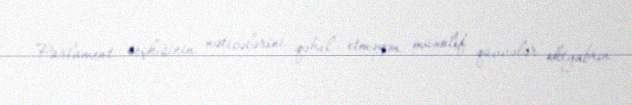
Parlament seçkisinin nəticələrini qəbul etməyən müxalif qüvvələr oktyabrın